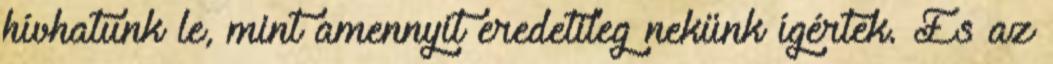
hívhatunk le, mint amennyit eredetileg nekünk ígértek. És az